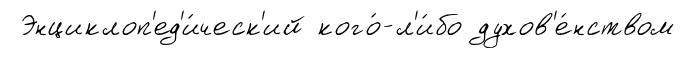
Энциклоп'ед'и́ческ'ий кого́-л'и́бо духов'е́нством